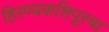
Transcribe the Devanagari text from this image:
हिरण्यकशिपूरचा